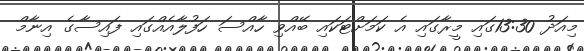
މިއަދު 13:30ގައި މީރާގައި އެ ކަމަށްޓަކައި ބޭއްވި ހާއްސަ ހަފުލާއެއްގައި ފައިސާގެ އިނާމް